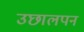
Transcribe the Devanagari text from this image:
उछालपन